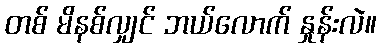
တစ် မိနစ်လျှင် ဘယ်လောက် နှုန်းလဲ။